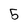
Character: 5